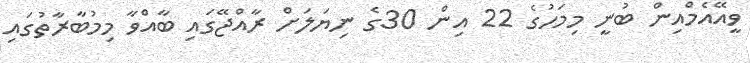
ވީއޭއެމްއިން ބުނީ މިމަހުގެ 22 އިން 30ގެ ނިޔަލަށް ރާއްޖޭގައި ބާއްވާ މިމުބާރާތުގައި